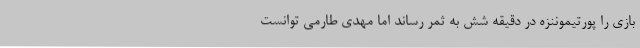
بازی را پورتیموننزه در دقیقه شش به ثمر رساند اما مهدی طارمی توانست